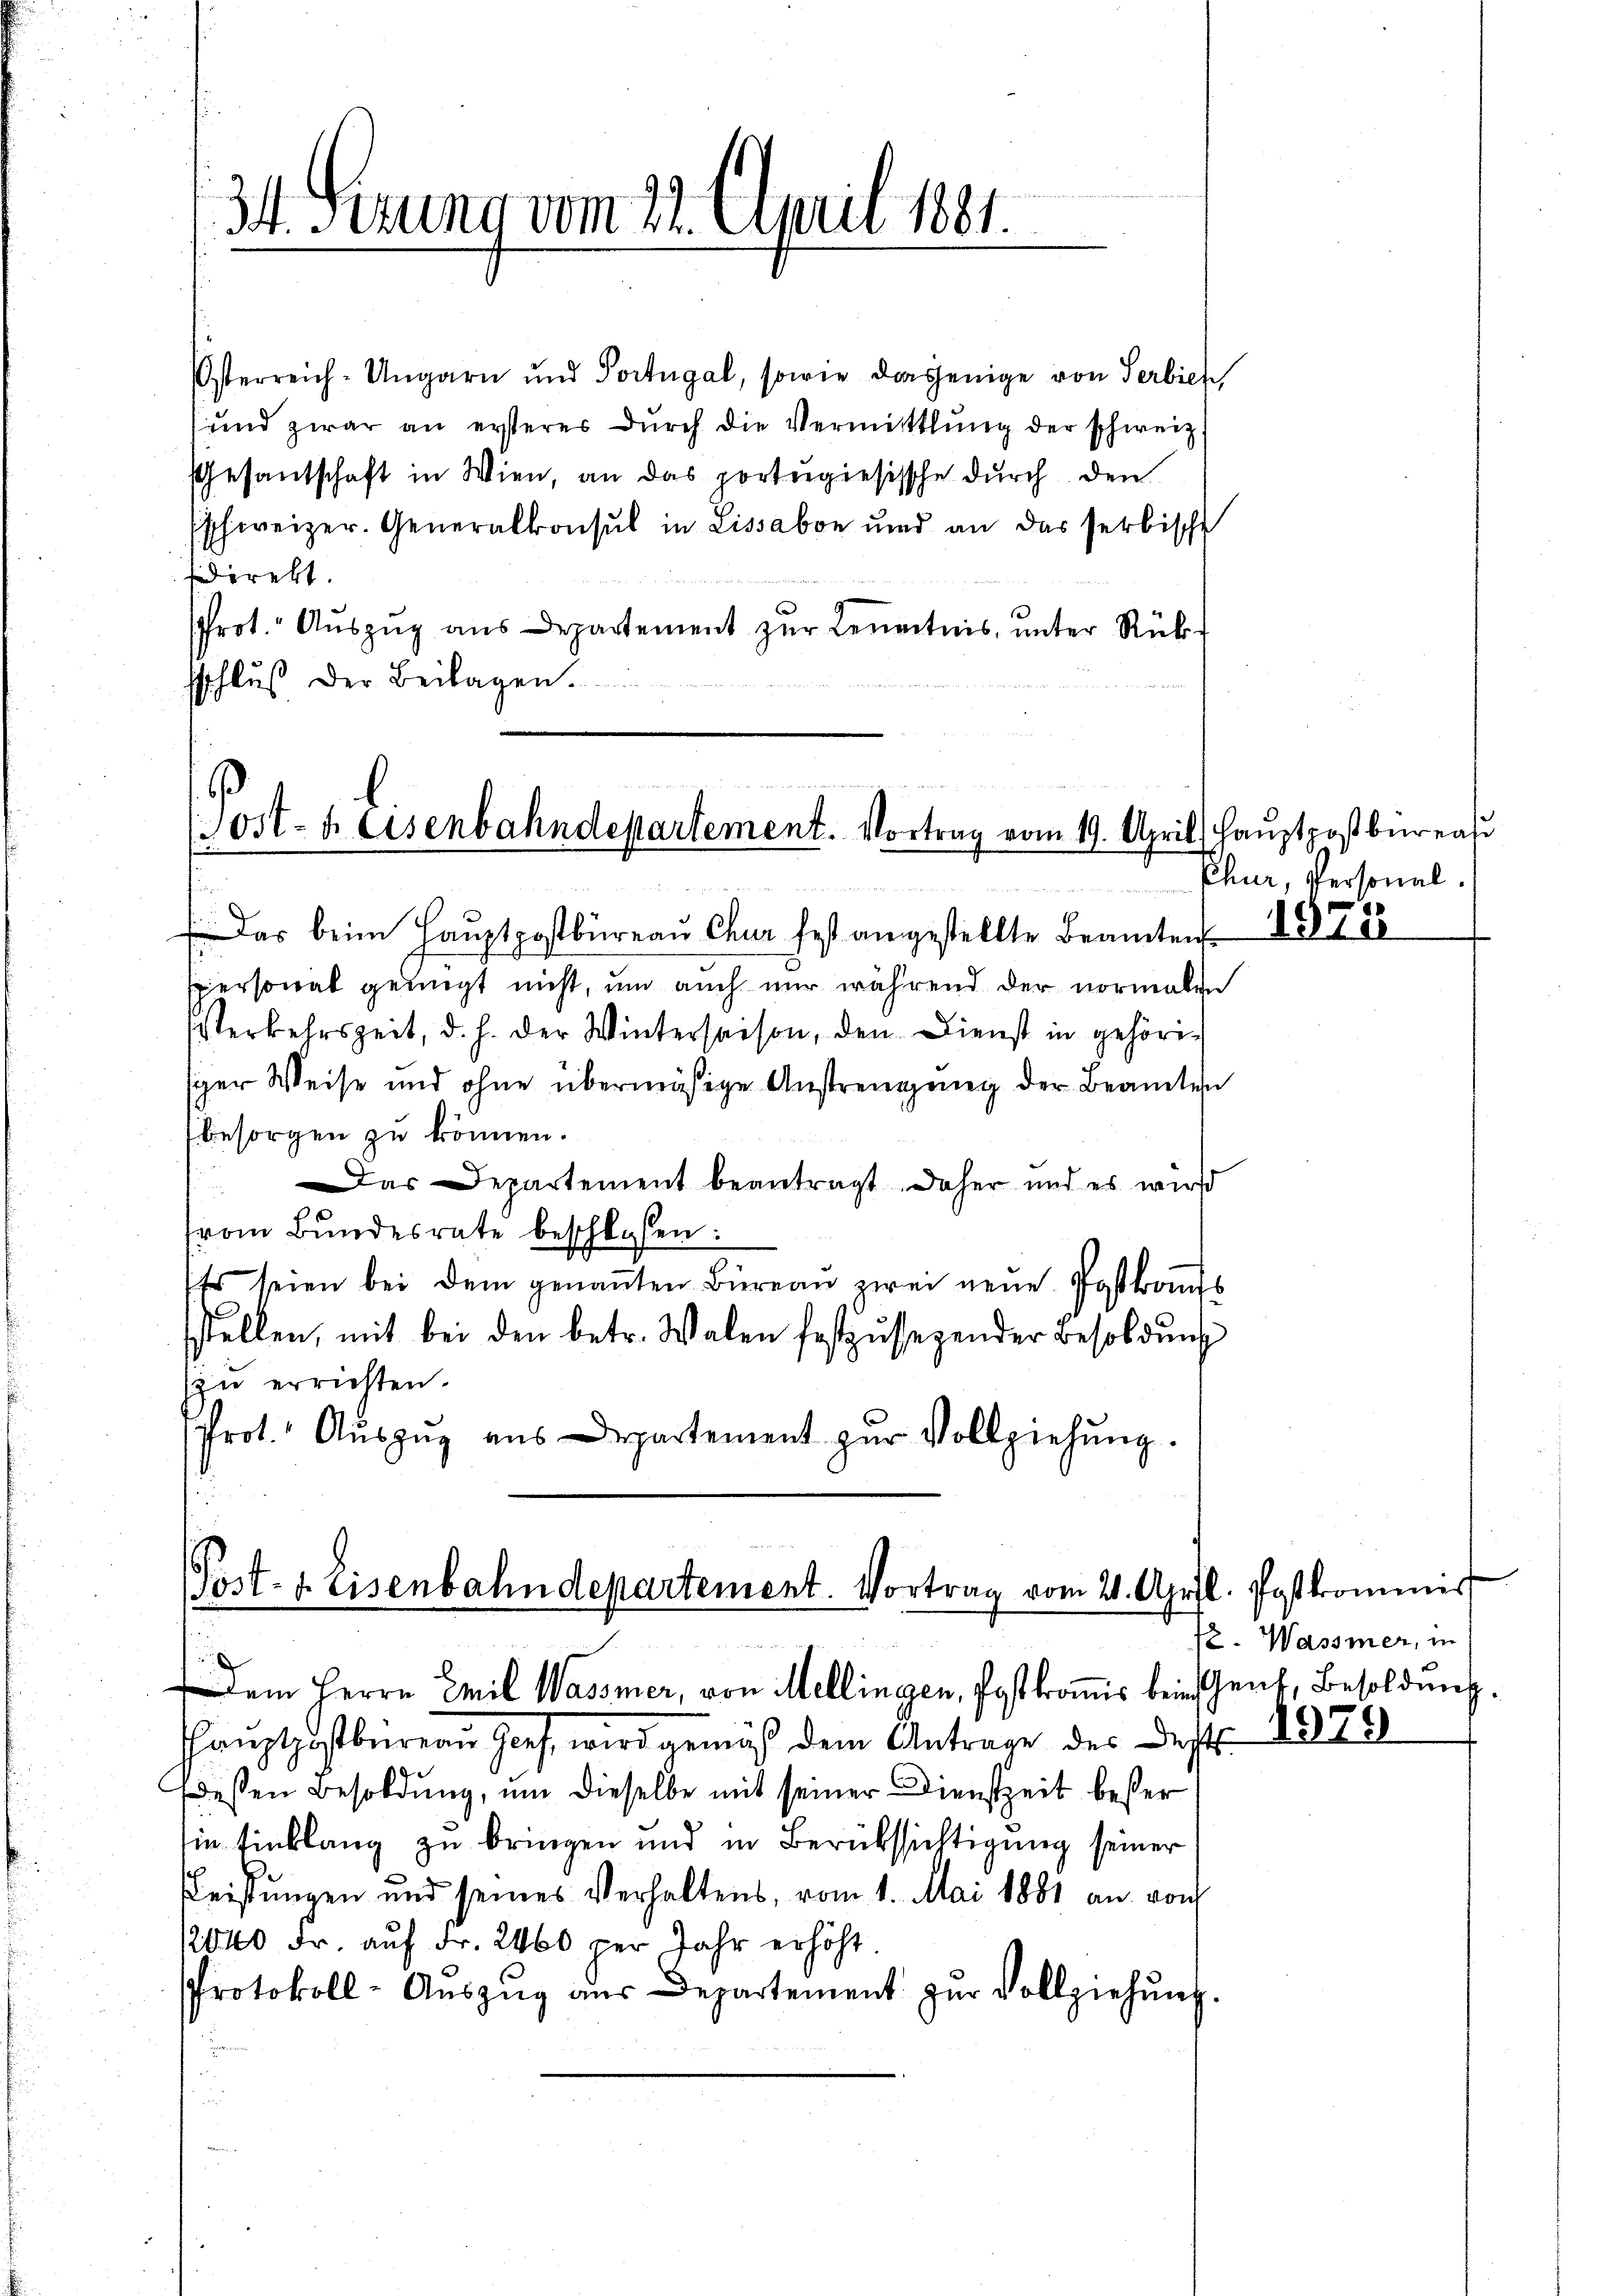
34. Ferung vom 22. April 1881.

Österreich-Ungarn und Portugal, sowie dasjenige von Serbiet,
sund zwar an ersteres dŭrch die Vermittlung der schweiz.
Gesantschaft in Wien, an das portugiesische durch den
sschweizer. Generalkonsul in Lissabon und an das serbische
sdirekt.
Prot. Auszug aus Departement zur Kenntnis unter Rücksschlŭβ der Beilagen.

ost- u. Eisenbahndepartement. Vortrag vom 19. April
.
n

Das beim Haŭptpostbüreaŭ Chur fest angestellte Beamten
spersonal genügt nicht, um auch nur während der normalen
Verkehrszeit, d. h. der Wintersaison, den Dienst in gehörisper Weise und ohne übermäßige Anstrengung der Beamten
besorgen zu können.
Das Departement beantragt daher und es wird
vom Bundesrate beschloßen:
Es seien bei dem genaṅten Büreaŭ zwei neŭe Postkas
sstellen, mit bei den betr. Walen festzŭssegender Besoldŭng
zu errichten.
Prot. Aŭszŭg ans Departement zŭr Vollziehŭng.

Post- u. Eisenbahndepartement. Vortrag vom 21. April. Postkommis
Dem Herrn Mil Wassmer, von Mellingen, Postkommis bein Genf, Besoldung

Prüztpostbureau Genf, wird gemäß dem Antrage des Dept. 1879
dessen Besoldung, um dieselbe mit seiner Dienstzeit besser
ie Einklang zu bringen und in Berüksichtigung seiner
Leistungen und seines Verhaltens, vom 1. Mai 1881 an vorh
1840 Fr. auf Fr. 2460 der Jahr erhöht.
Protokoll-Aŭszŭg aŭs Departement zŭr Vollziehŭng.

hauptpostbureau
Chur, Personal.

18.

72. Wassmer, in